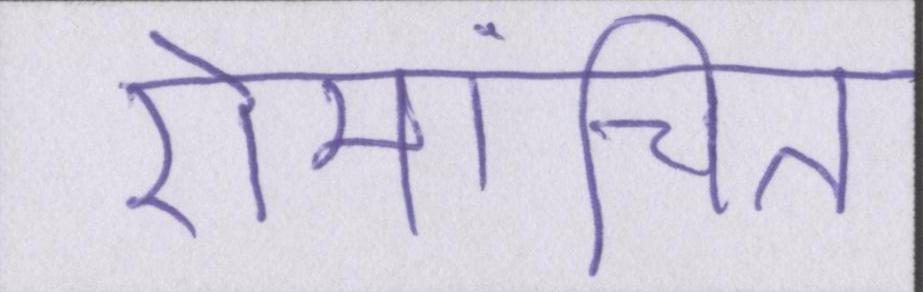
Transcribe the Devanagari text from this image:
रोमांचित